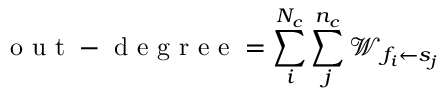
\mathrm { ~ o ~ u ~ t ~ - ~ d ~ e ~ g ~ r ~ e ~ e ~ } = \sum _ { i } ^ { N _ { c } } \sum _ { j } ^ { n _ { c } } \mathcal { W } _ { f _ { i } \leftarrow s _ { j } }